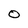
Character: O